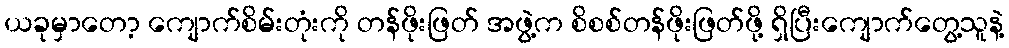
ယခုမှာတော့ ကျောက်စိမ်းတုံးကို တန်ဖိုးဖြတ် အဖွဲ့က စိစစ်တန်ဖိုးဖြတ်ဖို့ ရှိပြီးကျောက်တွေ့သူနဲ့